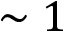
\sim 1